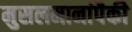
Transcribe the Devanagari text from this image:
मुसलमानांपैकी